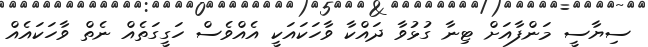
ސިޔާސީ މަންފާއަށް ޓިނާ ގުޅުވާ ދައްކާ ވާހަކައަކީ އެއްވެސް ހަގީގަތެއް ނެތް ވާހަކައެއް